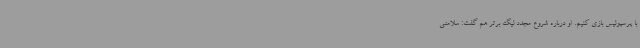
با پرسپولیس بازی کنیم. او درباره شروع مجدد لیگ برتر هم گفت: سلامتی